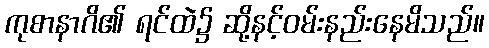
ကုစာနာဂိ၏ ရင်ထဲ၌ ဆို့နင့်ဝမ်းနည်းနေမိသည်။